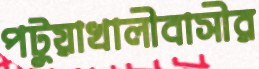
পটুয়াখালীবাসীর